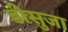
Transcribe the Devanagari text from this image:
डीसुजा